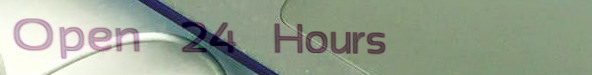
Open 24 Hours